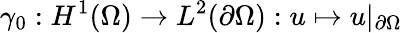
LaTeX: \gamma_{0}:H^{1}(\Omega)\rightarrow L^{2}(\partial\Omega):u\mapsto u|_{\partial\Omega}